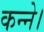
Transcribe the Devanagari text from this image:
कन्ने।